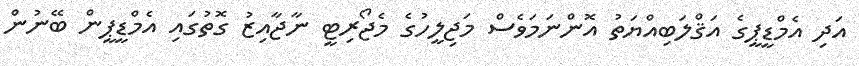
އަދި އެމްޑީޕީގެ އަޤްލަބިއްޔަތު އޮންނަމަވެސް މަޖިލީހުގެ މެޖޯރިޓީ ނާޖާއިޒު ގޮތުގައި އެމްޑީޕީން ބޭނުން